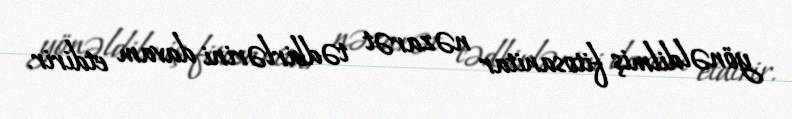
yönəldilmiş fitosanitar nəzarət tədbirlərini davam etdirir.